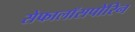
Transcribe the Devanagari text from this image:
सेफालॉसपोरिन